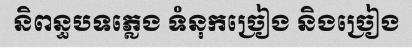
និពន្ធបទភ្លេង ទំនុកច្រៀង និងច្រៀង